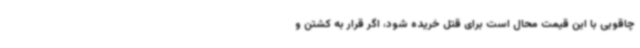
چاقویی با این قیمت محال است برای قتل خریده شود، اگر قرار به کشتن و